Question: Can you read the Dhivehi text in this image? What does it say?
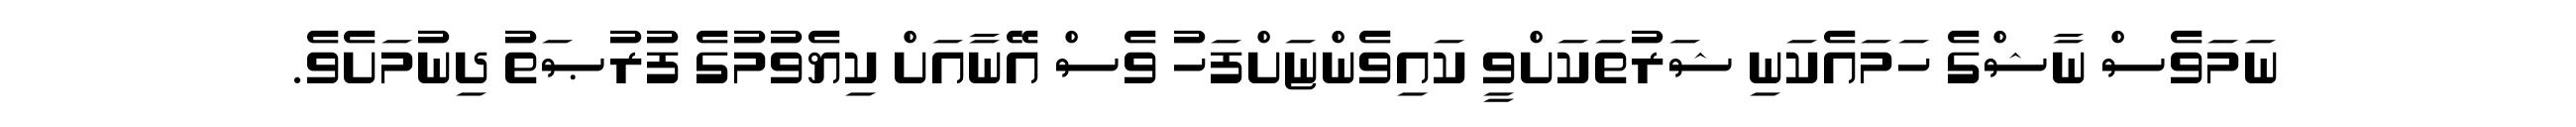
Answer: ނަމަވެސް ނާޝްގެ ހަމައެކަނި ޝަރުތަކަށްވީ ކައިވެންޏަށްފަހު ވެސް އޭނާއަށް ކިޔެވުމުގެ ފުރުޞަތު ދިނުމަށެވެ.